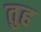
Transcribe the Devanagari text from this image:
तुह